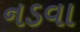
નડવા